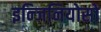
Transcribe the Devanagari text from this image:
इन्जिनियोसो